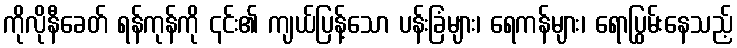
ကိုလိုနီခေတ် ရန်ကုန်ကို ၎င်း၏ ကျယ်ပြန့်သော ပန်းခြံများ၊ ရေကန်များ၊ ရောပြွမ်းနေသည့်